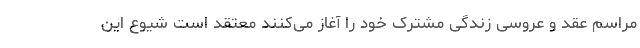
مراسم عقد و عروسی زندگی مشترک خود را آغاز می‌کنند معتقد است شیوع این